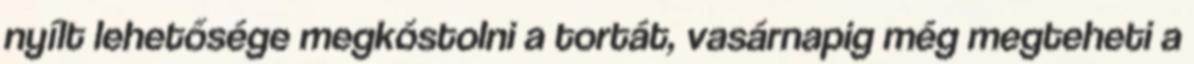
nyílt lehetősége megkóstolni a tortát, vasárnapig még megteheti a